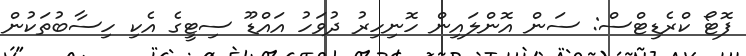
ފޮޓޯ ކްރެޑިޓްސް: ސަން އޮންލައިން ހޮނިހިރު ދުވަހު އައްޑޫ ސިޓީގެ އެކި ހިސާބުތަކުން